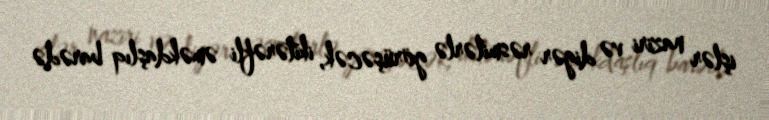
işlər naziri və digər rəsmilərlə görüşəcək, ikitərəfli əməkdaşlıq barədə